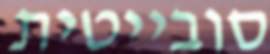
סובייטית